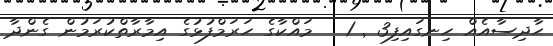
ޙާދިސާއެއް ހިނގައިފި3